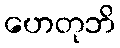
ဟေတုဘိ